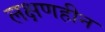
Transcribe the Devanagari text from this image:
लक्षणहीन